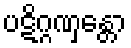
ပဋိဂ္ဂဏှန္တော